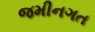
જમીનગત